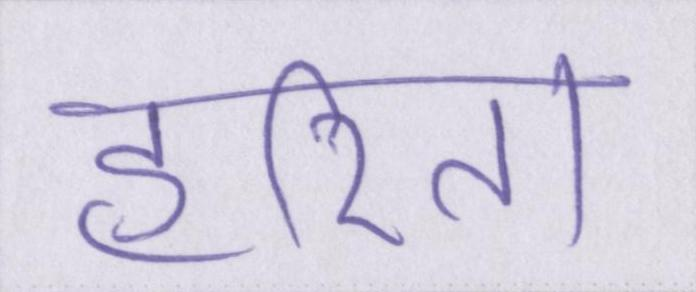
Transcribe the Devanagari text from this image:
हरिता